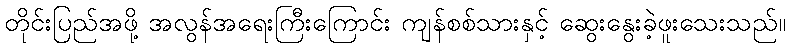
တိုင်းပြည်အဖို့ အလွန်အရေးကြီးကြောင်း ကျန်စစ်သားနှင့် ဆွေးနွေးခဲ့ဖူးသေးသည်။